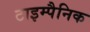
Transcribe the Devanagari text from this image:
टाइम्पैनिक